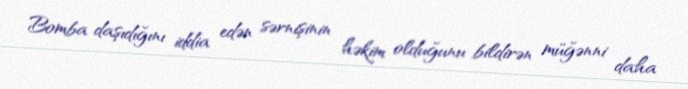
Bomba daşıdığını iddia edən sərnişinin həkim olduğunu bildirən müğənni daha